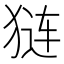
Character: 𬌵